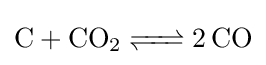
{\ce {C + CO2 <=> 2CO}}